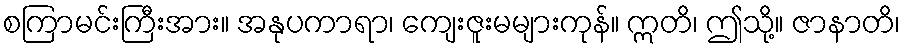
စကြာမင်းကြီးအား။ အနုပကာရာ၊ ကျေးဇူးမများကုန်။ ဣတိ၊ ဤသို့။ ဇာနာတိ၊